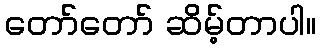
တော်တော် ဆိမ့်တာပါ။